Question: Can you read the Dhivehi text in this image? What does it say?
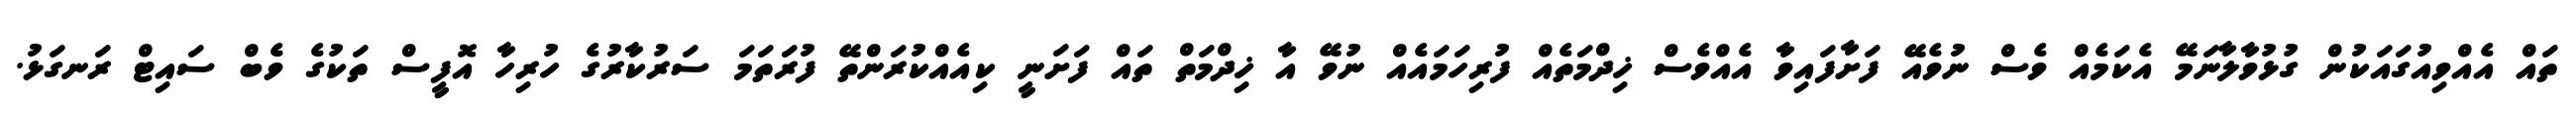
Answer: ތައް އެއްވިއުގައަކުން ގުޅުވާލާނަމޭ އެކަމެއް ވެސް ނުވެއޭ ފަށާފައިވާ އެއްވެސް ޚިދްމަތެއް ފުރިހަމައެއް ނުވޭ އާ ޚިދްމަތް ތައް ފަށަނީ ކިއެއްކުރަންތޭ ފުރަތަމަ ސަރުކާރުގެ ހުރިހާ އޮފީސް ތަކުގެ ވެބް ސައިޓް ރަނގަޅު.